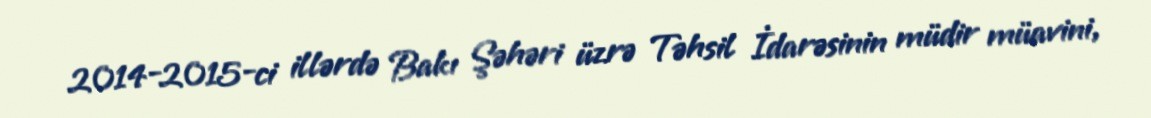
2014-2015-ci illərdə Bakı Şəhəri üzrə Təhsil İdarəsinin müdir müavini,